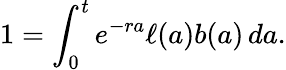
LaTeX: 1=\int_{0}^{t}e^{-ra}\ell(a)b(a)\, da.